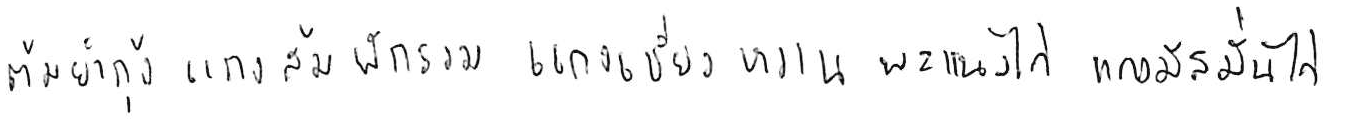
ต้มยำกุ้ง แกงส้มผักรวม แกงเขียวหวาน พะแนงไก่ แกงมัสมั่นไก่